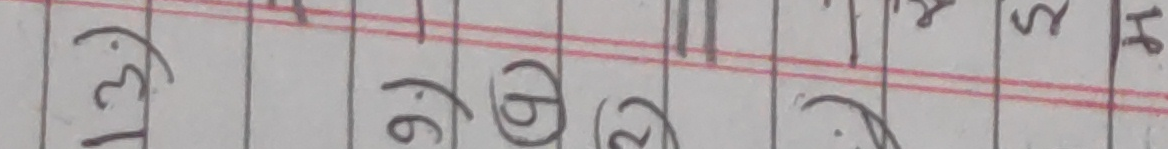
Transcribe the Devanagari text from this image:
१३ (७७) (२२) (२) स ५